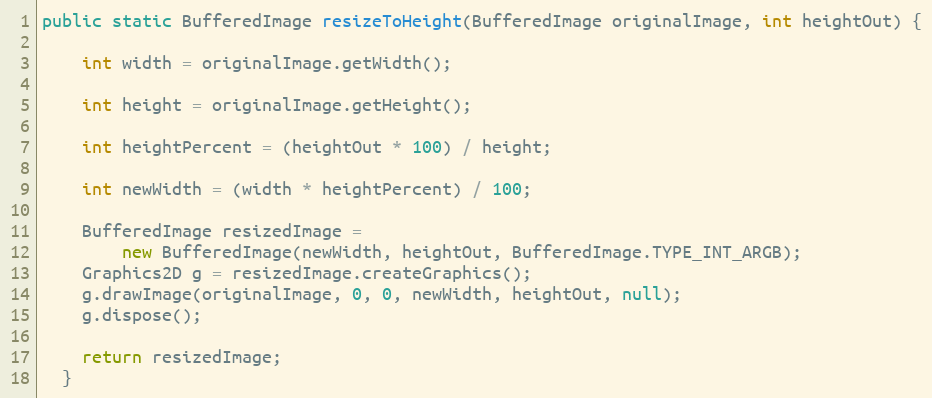
Language: Java
public static BufferedImage resizeToHeight(BufferedImage originalImage, int heightOut) {

    int width = originalImage.getWidth();

    int height = originalImage.getHeight();

    int heightPercent = (heightOut * 100) / height;

    int newWidth = (width * heightPercent) / 100;

    BufferedImage resizedImage =
        new BufferedImage(newWidth, heightOut, BufferedImage.TYPE_INT_ARGB);
    Graphics2D g = resizedImage.createGraphics();
    g.drawImage(originalImage, 0, 0, newWidth, heightOut, null);
    g.dispose();

    return resizedImage;
  }